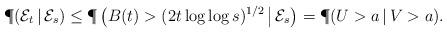
LaTeX: \begin{align*}\P(\mathcal{E}_t\,|\,\mathcal{E}_s) \le \P\left(B(t)> (2t\log\log s)^{1/2}\,\big|\, \mathcal{E}_s\right)=\P(U>a\,|\,V>a).\end{align*}